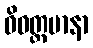
ဝိဝတ္တမာနာ